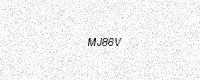
Text: MJ86V